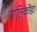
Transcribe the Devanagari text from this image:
गालिकोंडा